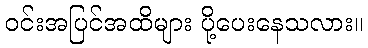
ဝင်းအပြင်အထိများ ပို့ပေးနေသလား။